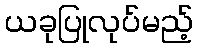
ယခုပြုလုပ်မည့်